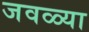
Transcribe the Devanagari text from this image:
जवळ्या